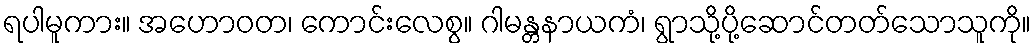
ရပါမူကား။ အဟောဝတ၊ ကောင်းလေစွ။ ဂါမန္တနာယကံ၊ ရွာသို့ပို့ဆောင်တတ်သောသူကို။